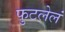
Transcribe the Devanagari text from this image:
फुटलेलं